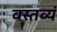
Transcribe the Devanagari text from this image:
वस्तव्यं